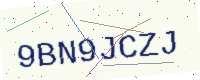
Text: 9BN9JCZJ